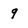
Character: 9